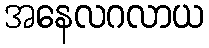
အနေလဂလာယ